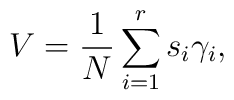
V = \frac 1 N \sum_{i=1}^r s_i \gamma_i,